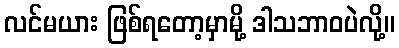
လင်မယား ဖြစ်ရတော့မှာမို့ ဒါသဘာဝပဲလို့။